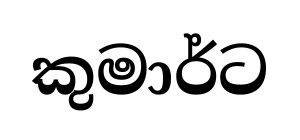
කුමාර්ට